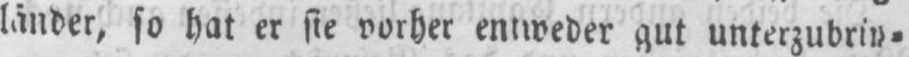
länder, so hat er sie vorher entweder gut unterzubrin⸗